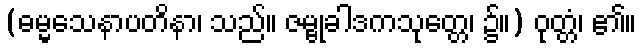
(ဓမ္မသေနာပတိနာ၊ သည်။ ဇမ္ဗုခါဒကသုတ္တေ၊ ၌။) ဝုတ္တံ၊ ၏။